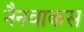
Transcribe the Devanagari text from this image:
नैनवाकस